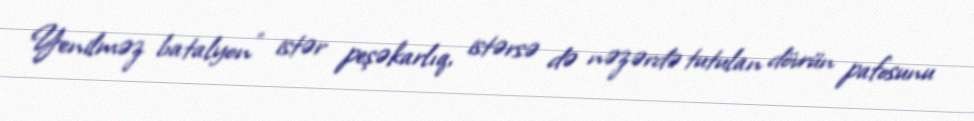
Yenilməz batalyon" istər peşəkarlıq, istərsə də nəzərdə tutulan dövrün pafosunu